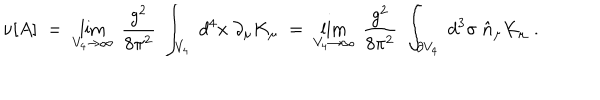
\nu [ A ] \; = \; \lim _ { V _ { 4 } \rightarrow \infty } \; \frac { g ^ { 2 } } { 8 \pi ^ { 2 } } \; \int _ { V _ { 4 } } \; d ^ { 4 } x \; \partial _ { \mu } K _ { \mu } \; = \; \lim _ { V _ { 4 } \rightarrow \infty } \; \frac { g ^ { 2 } } { 8 \pi ^ { 2 } } \; \int _ { \partial V _ { 4 } } \; d ^ { 3 } \sigma \; \hat { n } _ { \mu } K _ { \mu } \; .